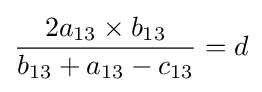
{2a_{13}\times b_{13} \over b_{13}+a_{13}-c_{13}}=d